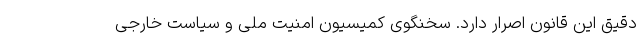
دقیق این قانون اصرار دارد. سخنگوی کمیسیون امنیت ملی و سیاست خارجی